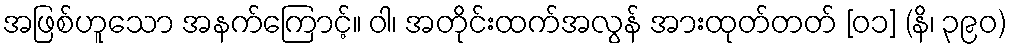
အဖြစ်ဟူသော အနက်ကြောင့်။ ဝါ၊ အတိုင်းထက်အလွန် အားထုတ်တတ် [၀၁] (နိ၊ ၃၉၀)